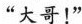
“大哥！”